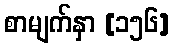
စာမျက်နှာ [၁၅၆]